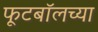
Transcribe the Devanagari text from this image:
फूटबॉलच्या